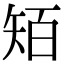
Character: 𥏄